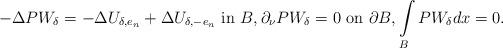
LaTeX: \begin{align*}-\Delta P W_{\delta}=-\Delta U_{\delta,e_n}+\Delta U_{\delta,-e_n}\ \hbox{in}\ {B},\partial_\nu P W_{\delta}=0\ \hbox{on}\ \partial{B}, \int\limits_{{B}} P W_{\delta}dx=0.\end{align*}